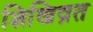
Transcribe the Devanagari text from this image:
शिखिव्रत